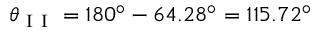
\theta _ { \mathrm { ~ I ~ I ~ } } = 1 8 0 ^ { \circ } - 6 4 . 2 8 ^ { \circ } = 1 1 5 . 7 2 ^ { \circ }